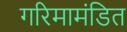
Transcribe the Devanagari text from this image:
गरिमामंडित